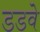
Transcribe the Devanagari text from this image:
डडवे